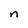
Character: n